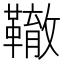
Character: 𩍒